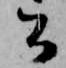
公